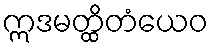
ဣဒမတ္ထိတံယေဝ